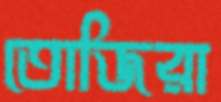
তোজিরা